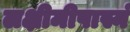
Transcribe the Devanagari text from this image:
लक्षीमीपास्नं